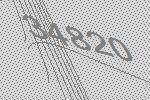
34820